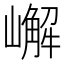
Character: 嶰